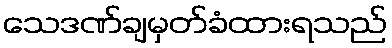
သေဒဏ်ချမှတ်ခံထားရသည်